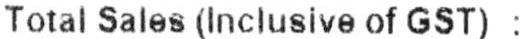
TOTAL SALES(INCLUSIVE OF GST) :